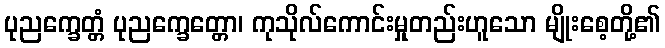
ပုညက္ခေတ္တံ ပုညက္ခေတ္တော၊ ကုသိုလ်ကောင်းမှုတည်းဟူသော မျိုးစေ့တို့၏